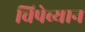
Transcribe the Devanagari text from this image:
चिपेव्यान